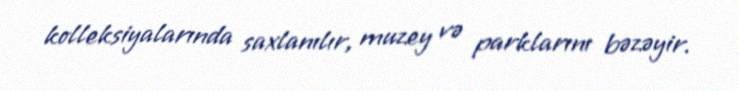
kolleksiyalarında saxlanılır, muzey və parklarını bəzəyir.